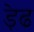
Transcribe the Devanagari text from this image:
ड़ेढ